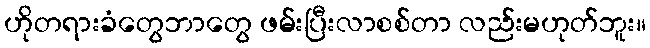
ဟိုတရားခံတွေဘာတွေ ဖမ်းပြီးလာစစ်တာ လည်းမဟုတ်ဘူး။